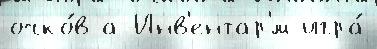
очко́в а Инв'ентар'́м игра́